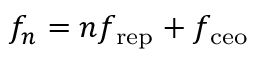
f _ { n } = n f _ { \mathrm { r e p } } + f _ { \mathrm { c e o } }